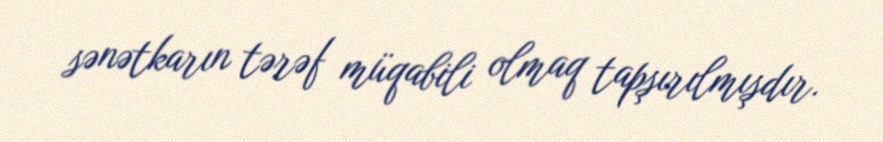
sənətkarın tərəf müqabili olmaq tapşırılmışdır.